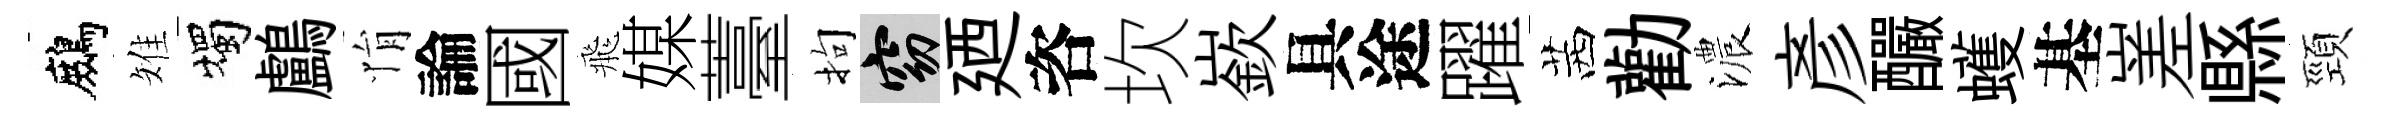
鷓雉燭鸕悁論國飛媒薹拘窈廼咨坎嶔具途躍茜勸濃彥釅蠖基嵳縣頸